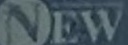
New